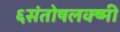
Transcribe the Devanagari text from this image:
६संतोषलक्ष्मी